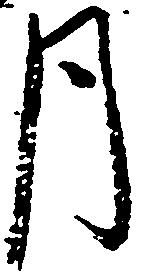
月